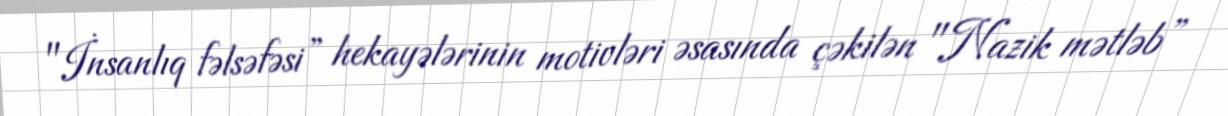
"İnsanlıq fəlsəfəsi” hekayələrinin motivləri əsasında çəkilən "Nazik mətləb”